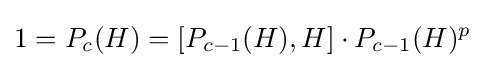
1=P_{c}(H)=\lbrack P_{c-1}(H),H\rbrack \cdot P_{c-1}(H)^{p}